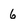
Character: 6